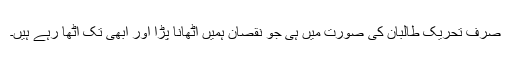
صرف تحریک طالبان کی صورت میں ہی جو نقصان ہمیں اٹھانا پڑا اور ابھی تک اٹھا رہے ہیں۔